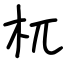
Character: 杌